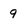
Character: 9